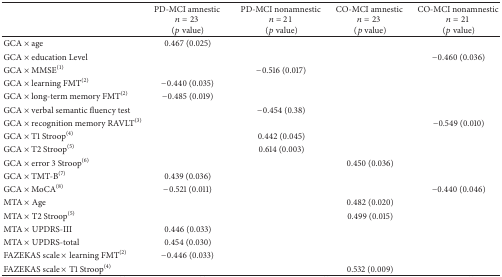
|  | PD-MCI amnestic n = 23 (p value) | PD-MCI nonamnestic n = 21 (p value) | CO-MCI amnestic n = 23 (p value) | CO-MCI nonamnestic n = 21 (p value) |
 | --- | --- | --- | --- | --- |
 | GCA × age | 0.467 (0.025) |  |  |  |
 | GCA × education Level |  |  |  | −0.460 (0.036) |
 | GCA × MMSE(1) |  | −0.516 (0.017) |  |  |
 | GCA × learning FMT(2) | −0.440 (0.035) |  |  |  |
 | GCA × long-term memory FMT(2) | −0.485 (0.019) |  |  |  |
 | GCA × verbal semantic fluency test |  | −0.454 (0.38) |  |  |
 | GCA × recognition memory RAVLT(3) |  |  |  | −0.549 (0.010) |
 | GCA × T1 Stroop(4) |  | 0.442 (0.045) |  |  |
 | GCA × T2 Stroop(5) |  | 0.614 (0.003) |  |  |
 | GCA × error 3 Stroop(6) |  |  | 0.450 (0.036) |  |
 | GCA × TMT-B(7) | 0.439 (0.036) |  |  |  |
 | GCA × MoCA(8) | −0.521 (0.011) |  |  | −0.440 (0.046) |
 | MTA × Age |  |  | 0.482 (0.020) |  |
 | MTA × T2 Stroop(5) |  |  | 0.499 (0.015) |  |
 | MTA × UPDRS-III | 0.446 (0.033) |  |  |  |
 | MTA × UPDRS-total | 0.454 (0.030) |  |  |  |
 | FAZEKAS scale × learning FMT(2) | −0.446 (0.033) |  |  |  |
 | FAZEKAS scale × T1 Stroop(4) |  |  | 0.532 (0.009) |  |